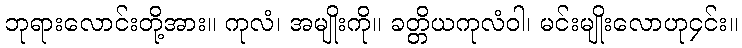
ဘုရားလောင်းတို့အား။ ကုလံ၊ အမျိုးကို။ ခတ္တိယကုလံဝါ၊ မင်းမျိုးလောဟု၄င်း။